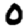
Digit: 0